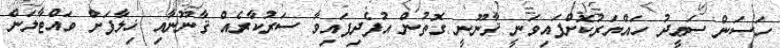
ހަސަން ސަޢީދު ހައްޔަރުކޮށްފައިވަނީ ޤާނޫނީ ގޮތުން އުފެދިފައިވާ ސަރުކާރެއް ޤާނޫނާއި ޚިލާފަށް ވައްޓާލަން